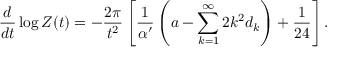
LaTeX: \frac d { d t } \log Z ( t ) = - \frac { 2 \pi } { t ^ { 2 } } \left[ \frac 1 { \alpha ^ { \prime } } \left( a - \sum _ { k = 1 } ^ { \infty } 2 k ^ { 2 } d _ { k } \right) + \frac 1 { 2 4 } \right] .